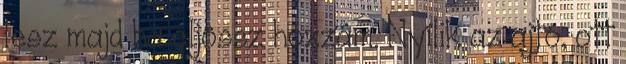
lesz majd ha eljössz hozzám. Nyílik az ajtó, ott